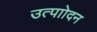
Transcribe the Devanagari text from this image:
उत्पाोदन